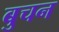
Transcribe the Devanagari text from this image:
बुचन